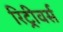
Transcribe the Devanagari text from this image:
रिट्रीवर्स